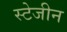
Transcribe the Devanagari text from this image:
स्टेजीन